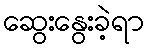
ဆွေးနွေးခဲ့ရာ